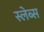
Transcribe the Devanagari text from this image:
स्लेब्स